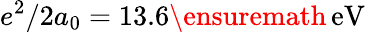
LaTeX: e^{2}/2a_{0}=13.6\ensuremath{\, \mathrm{eV}}